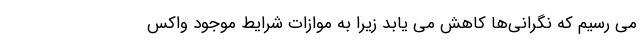
می رسیم که نگرانی‌ها کاهش می یابد زیرا به موازات شرایط موجود واکس